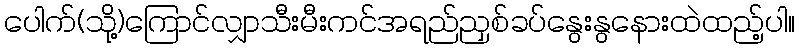
ပေါက်(သို့)ကြောင်လျှာသီးမီးကင်အရည်ညှစ်ခပ်နွေးနွနေားထဲထည့်ပါ။